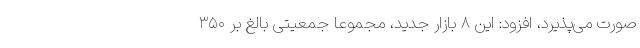
صورت می‌پذیرد، افزود: این ۸ بازار جدید، مجموعاً جمعیتی بالغ ‌بر ۳۵۰